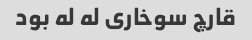
قارچ سوخاری له له بود